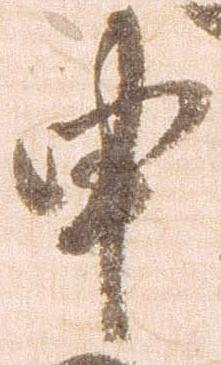
申